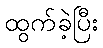
ထွက်ခဲ့ပြီး